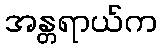
အန္တရာယ်က